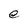
Character: e